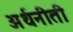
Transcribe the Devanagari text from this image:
अर्थनीती